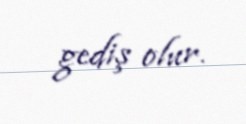
gediş olur.